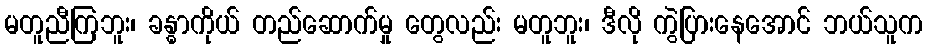
မတူညီကြဘူး၊ ခန္ဓာကိုယ် တည်ဆောက်မှု တွေလည်း မတူဘူး၊ ဒီလို ကွဲပြားနေအောင် ဘယ်သူက